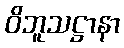
ဝိဘူသဋ္ဌာနာ